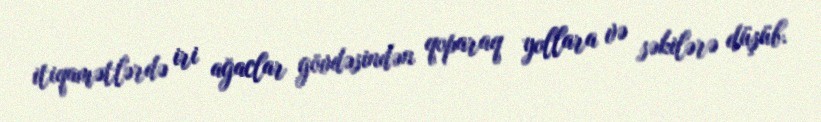
itiqamətlərdə iri ağaclar gövdəsindən qoparaq yollara və səkilərə düşüb.